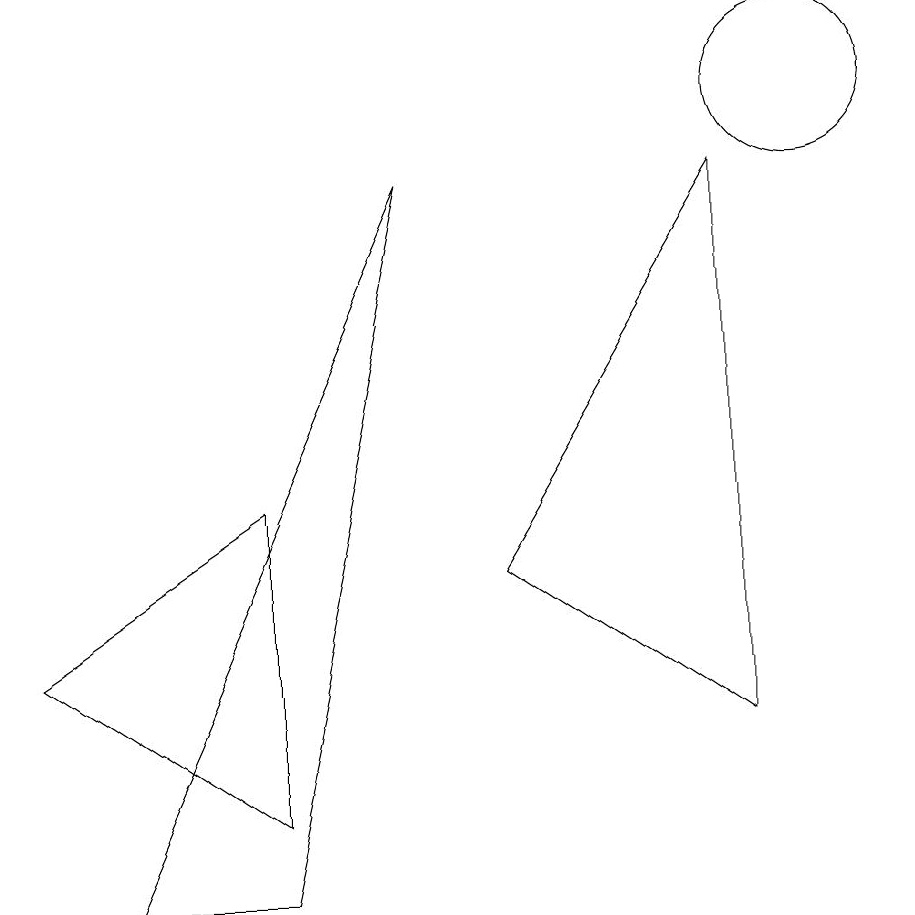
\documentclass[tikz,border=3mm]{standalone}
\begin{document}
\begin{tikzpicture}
\draw (10,10) circle (1);
\draw (3,0) -- (1,0) -- (5,9) -- cycle;
\draw (3,5) -- (3,1) -- (0,3) -- cycle;
\draw (9,9) -- (6,4) -- (9,2) -- cycle;
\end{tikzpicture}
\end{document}